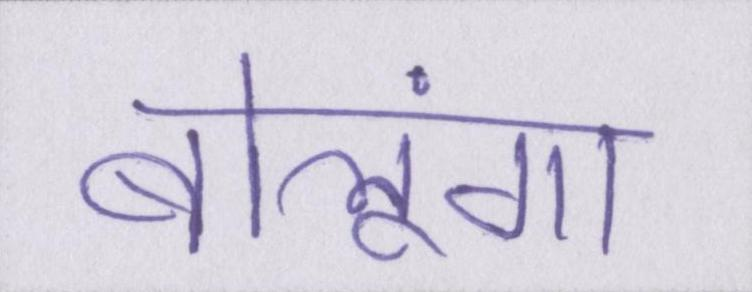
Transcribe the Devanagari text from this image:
बोलूंगा